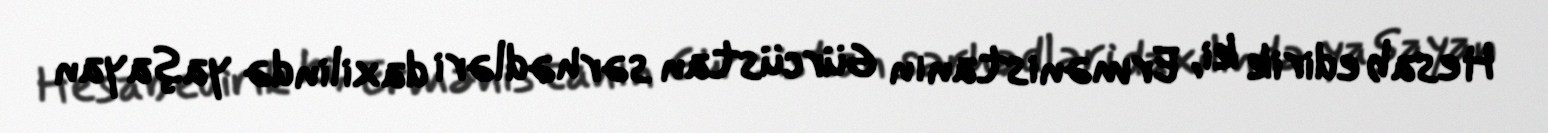
Hesab edirik ki, Ermənistanın Gürcüstan sərhədləri daxilində yaşayan